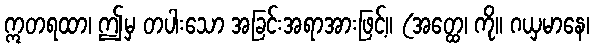
ဣတရထာ၊ ဤမှ တပါးသော အခြင်းအရာအားဖြင့်။ (အတ္ထေ၊ ကို။ ဂယှမာနေ၊